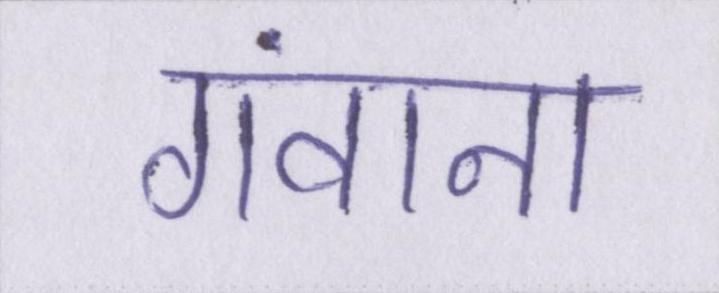
गंवाना